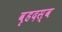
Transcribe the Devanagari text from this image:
वृहदस्व